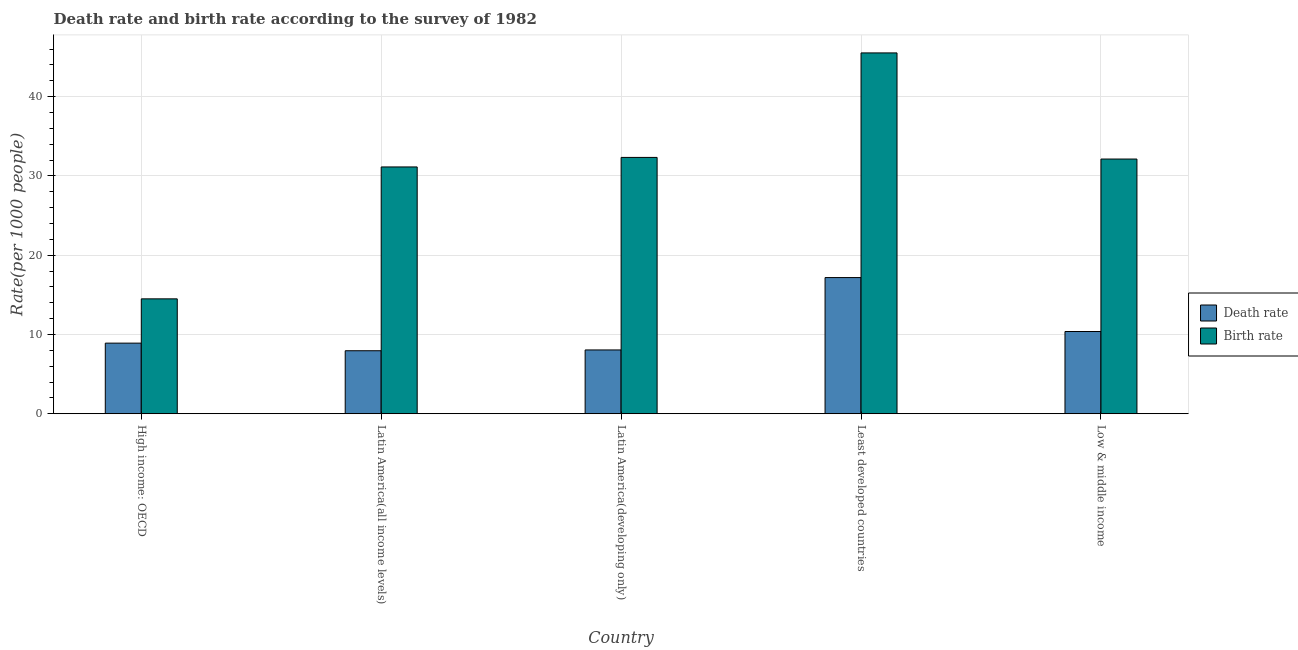
| Country | Death rate | Birth rate |
 | --- | --- | --- |
 | High income: OECD | 8.91 | 14.5 |
 | Latin America(all income levels) | 7.95 | 31.1 |
 | Latin America(developing only) | 8.05 | 32.3 |
 | Least developed countries | 17.2 | 45.5 |
 | Low & middle income | 10.4 | 32.1 |